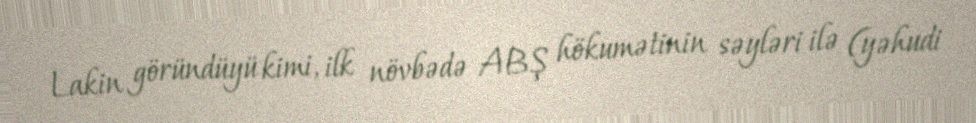
Lakin göründüyü kimi, ilk növbədə ABŞ hökumətinin səyləri ilə (yəhudi